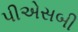
પીએસબી